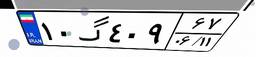
۱۰گ۴۰۹۶۷